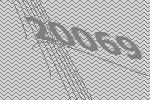
20069